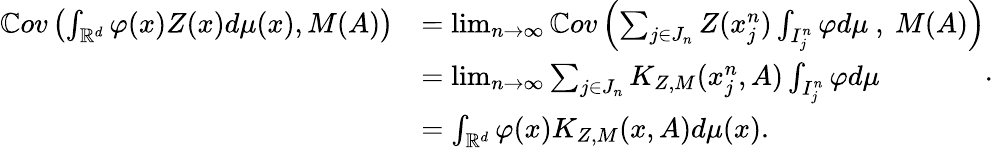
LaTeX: \begin{array}{rl}{\mathbb{C}ov\left(\int_{\mathbb{R}^{d}}\varphi(x)Z(x)d\mu(x),M(A)\right)}&{=\operatorname*{lim}_{n\to\infty}\mathbb{C}ov\left(\sum_{j\in J_{n}}Z(x_{j}^{n})\int_{I_{j}^{n}}\varphi d\mu\ ,\ M(A)\right)}\\ &{=\operatorname*{lim}_{n\to\infty}\sum_{j\in J_{n}}K_{Z,M}(x_{j}^{n},A)\int_{I_{j}^{n}}\varphi d\mu}\\ &{=\int_{\mathbb{R}^{d}}\varphi(x)K_{Z,M}(x,A)d\mu(x).}\end{array}.